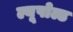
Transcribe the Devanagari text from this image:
ल्यूपोल्ड